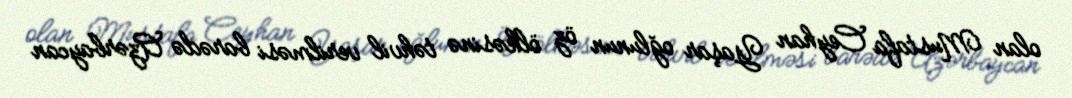
olan Mustafa Ceyhan Yaşar oğlunun öz ölkəsinə təhvil verilməsi barədə Azərbaycan